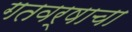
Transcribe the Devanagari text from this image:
गतवर्षाचा